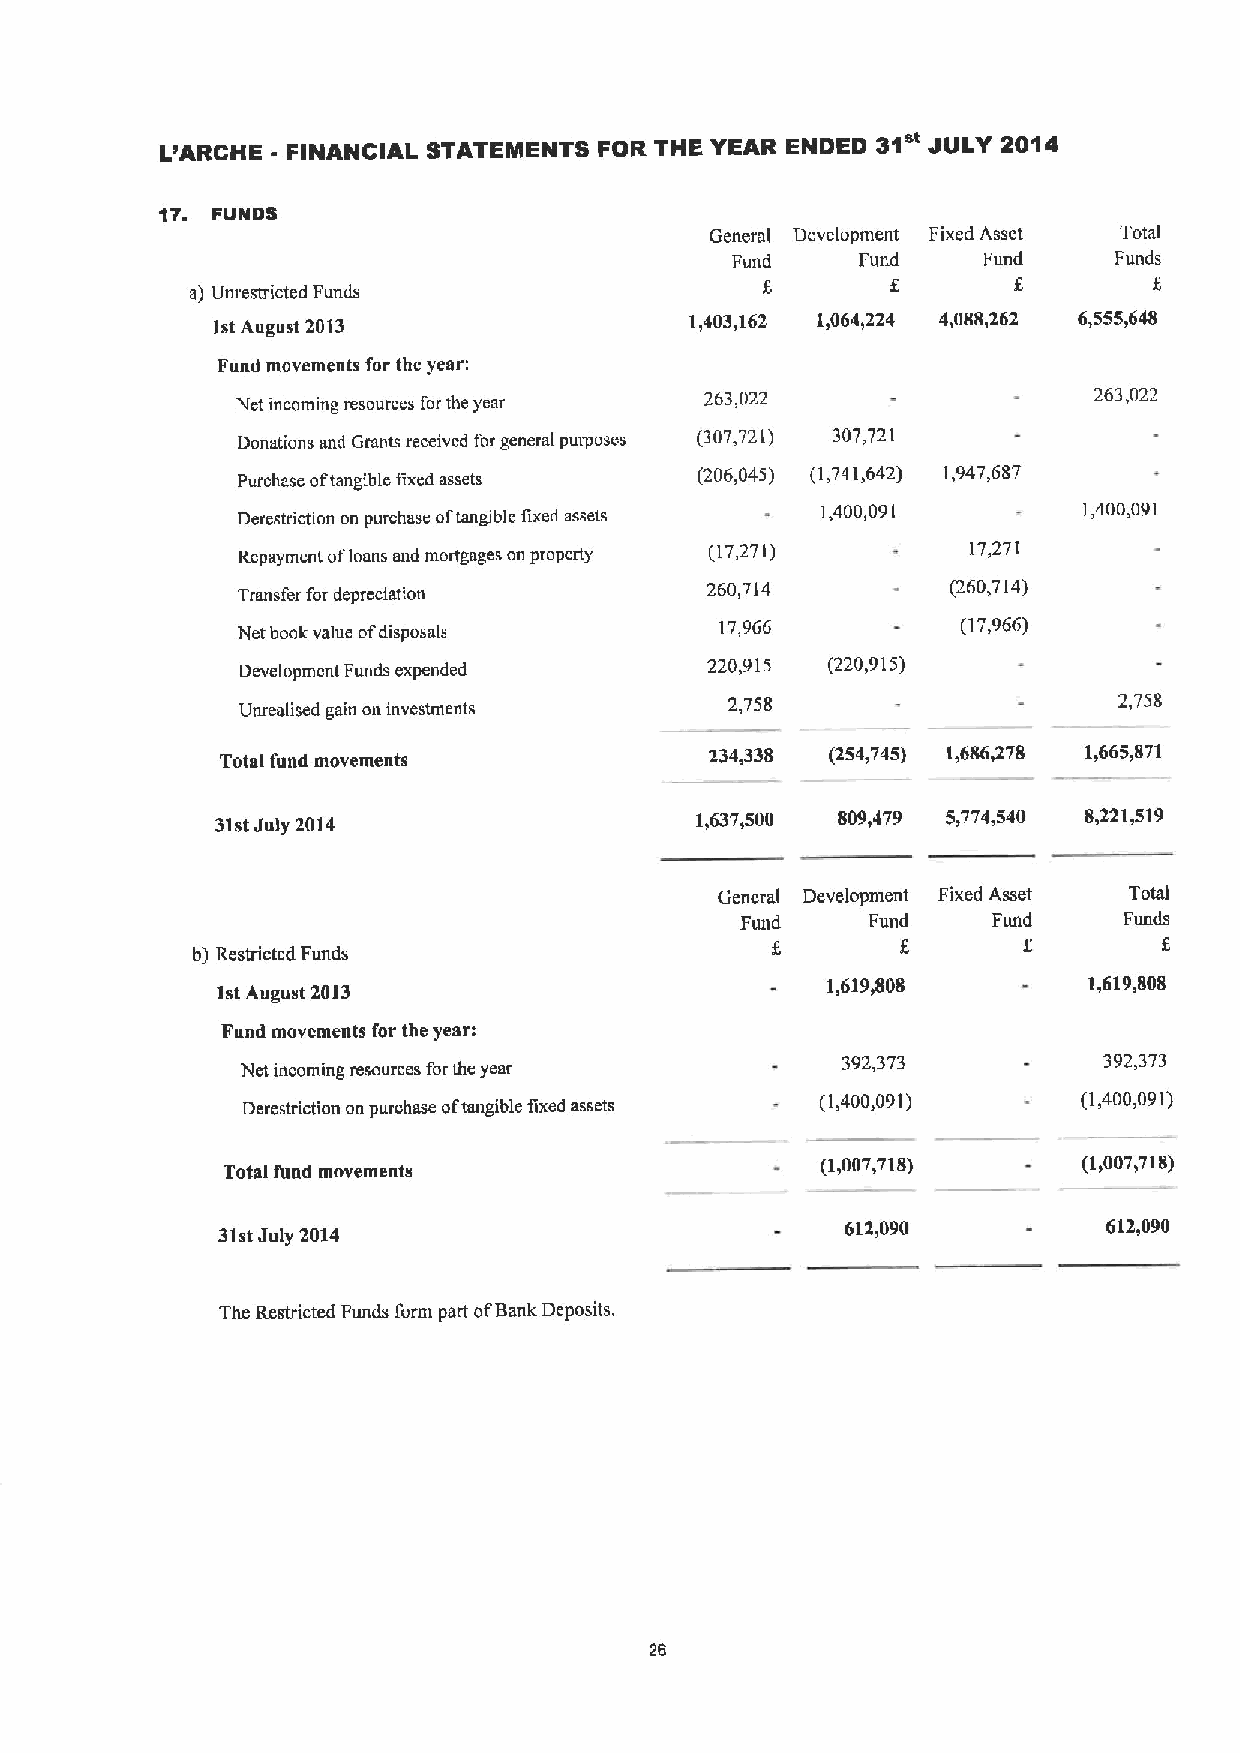
'
 L'ARCHE - FINANCIAL STATEMENTS FOR THE YEAR ENDED 31 JULY 2014
 17. FUNDS
 General Development Fixed Asset Total
 Fund     Fund    Fund     Funds
 f
 5        6
 a) Um estricted Funds
 1stAugust 2013                  1,403,162 1,064,224 4,088,262 6,555&648
 Fund movements for the year:
 Net incoming resources forthe year 263 022              263,022
 Donations and Grants received for general puq&oses (307721) 307 721
 Purchase oftangible fixed assets (206,045) (1,741,642) 1,947,687
 Derestriction on purchase of tangible fixed assets 1,400,09 I 1,400,091
 Repayment ofloans end mortgages on property (17,271) 17,271
 Transfer for depreciation
 260,714         (260,714)
 Net book value ofdisposals      17,966          (17,966)
 Development Funds expended
 220,915 (220,915)
 Unrealised gain on investments  2,758                     2,758
 Total fund movements            234,338 (254,745) 1,686&278 1,665,871
 31stJuly 2014                   1,637,500 809,479 5,774,540 8,221,519
 General Development Fixed Asset Total
 Fund     Fund    Fund    Funds
 b) Restricted Funds
 1stAugust 2013                           1,619&808        1,619,808
 Fund movements for the year:
 392,373          392,373
 Net incoming resources for the year
 Derestriction on purchase oftangible fixed assets (1,400,091) (1400 091)
 Total fund movements                   (1,007,718)       (1&007&718)
 31stJuly 2014                             612,090          612,090
 The Restricted Funds form part ofBank Deposits.
 26